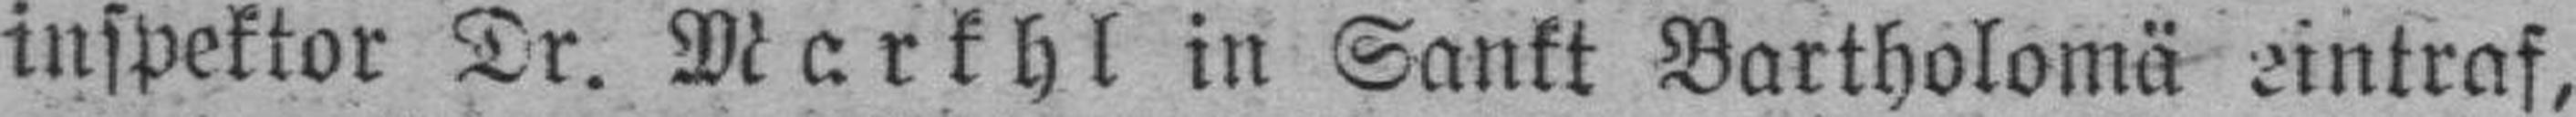
inspektor Dr. Markhl in Sankt Bartholomä eintraf,